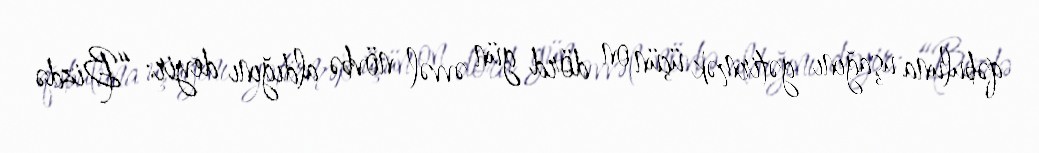
qəbuluna uşağını gətirmək üçün on dörd gün əvvəl növbə aldığını deyir: “Bizdə